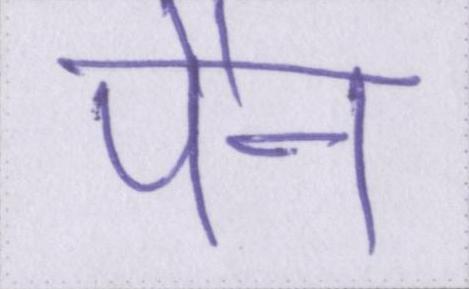
पैन